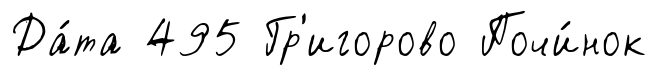
Да́та 495 Гр'игорово Почи́нок